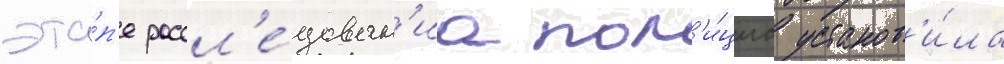
эта́п'е рассл'е́дован'иа пол'и́циа установ'и́ла